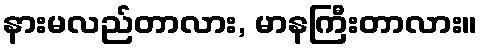
နားမလည်တာလား, မာနကြီးတာလား။